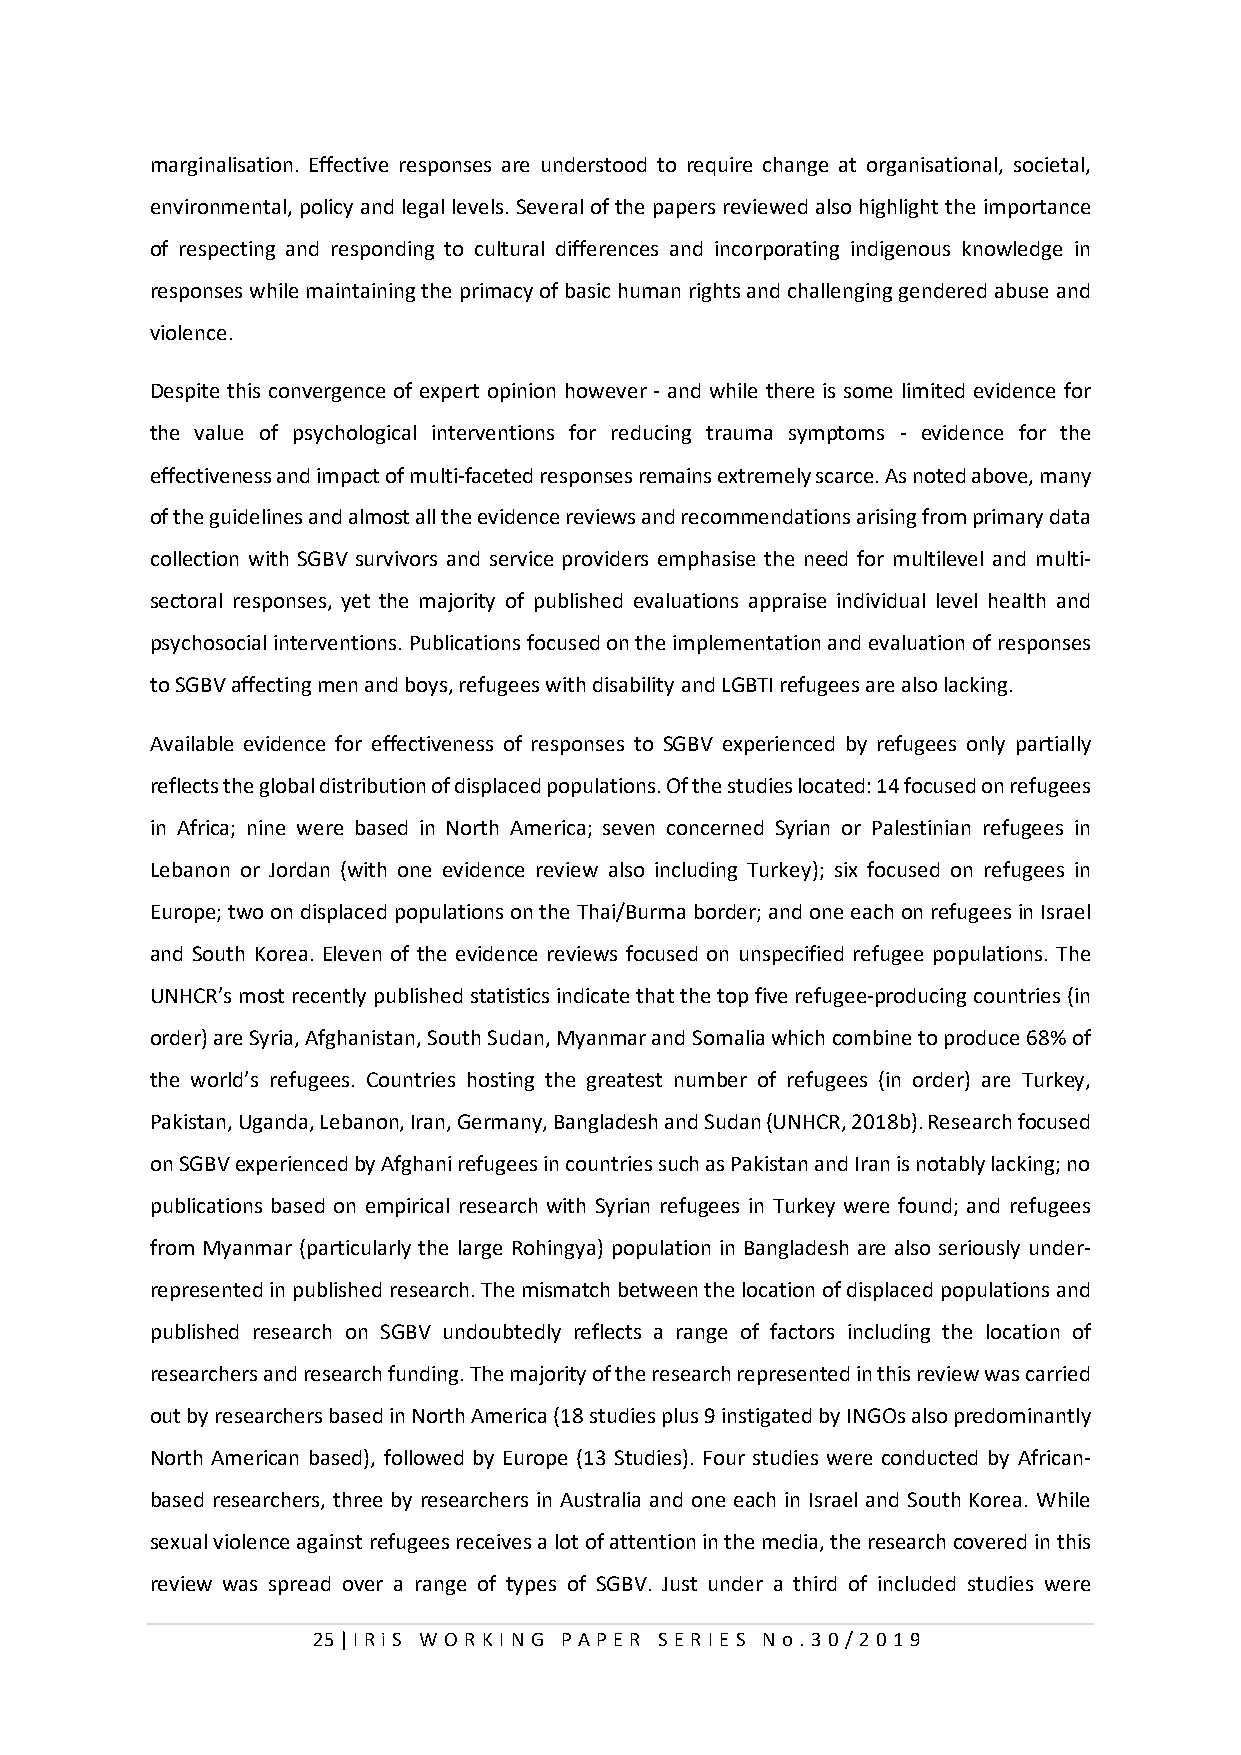
marginalisation. Effective responses are understood to require change at organisational, societal,
 environmental, policy and legal levels. Several of the papers reviewed also highlight the importance
 of respecting and responding to cultural differences and incorporating indigenous knowledge in
 responses while maintaining the primacy of basic human rights and challenging gendered abuse and
 violence.
 Despite this convergence of expert opinion however - and while there is some limited evidence for
 the value of psychological interventions for reducing trauma symptoms - evidence for the
 effectiveness and impact of multi-faceted responses remains extremely scarce. As noted above, many
 of the guidelines and almost all the evidence reviews and recommendations arising from primary data
 collection with SGBV survivors and service providers emphasise the need for multilevel and multi-
 sectoral responses, yet the majority of published evaluations appraise individual level health and
 psychosocial interventions. Publications focused on the implementation and evaluation of responses
 to SGBV affecting men and boys, refugees with disability and LGBTI refugees are also lacking.
 Available evidence for effectiveness of responses to SGBV experienced by refugees only partially
 reflects the global distribution of displaced populations. Of the studies located: 14 focused on refugees
 in Africa; nine were based in North America; seven concerned Syrian or Palestinian refugees in
 Lebanon or Jordan (with one evidence review also including Turkey); six focused on refugees in
 Europe; two on displaced populations on the Thai/Burma border; and one each on refugees in Israel
 and South Korea. Eleven of the evidence reviews focused on unspecified refugee populations. The
 UNHCR’s most recently published statistics indicate that the top five refugee-producing countries (in
 order) are Syria, Afghanistan, South Sudan, Myanmar and Somalia which combine to produce 68% of
 the world’s refugees. Countries hosting the greatest number of refugees (in order) are Turkey,
 Pakistan, Uganda, Lebanon, Iran, Germany, Bangladesh and Sudan (UNHCR, 2018b). Research focused
 on SGBV experienced by Afghani refugees in countries such as Pakistan and Iran is notably lacking; no
 publications based on empirical research with Syrian refugees in Turkey were found; and refugees
 from Myanmar (particularly the large Rohingya) population in Bangladesh are also seriously under-
 represented in published research. The mismatch between the location of displaced populations and
 published research on SGBV undoubtedly reflects a range of factors including the location of
 researchers and research funding. The majority of the research represented in this review was carried
 out by researchers based in North America (18 studies plus 9 instigated by INGOs also predominantly
 North American based), followed by Europe (13 Studies). Four studies were conducted by African-
 based researchers, three by researchers in Australia and one each in Israel and South Korea. While
 sexual violence against refugees receives a lot of attention in the media, the research covered in this
 review was spread over a range of types of SGBV. Just under a third of included studies were
 25 | I RiS W O RKI N G P AP E R SE RI E S N o . 30/201 9